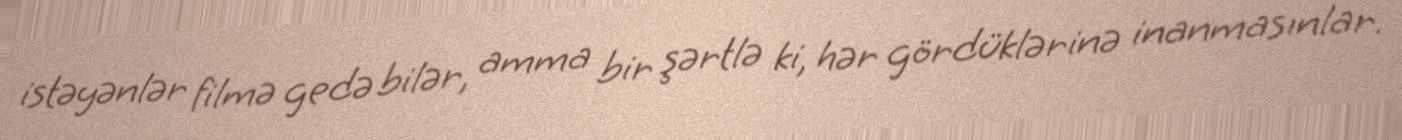
istəyənlər filmə gedə bilər, amma bir şərtlə ki, hər gördüklərinə inanmasınlar.